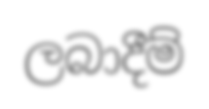
ලබාදීම්